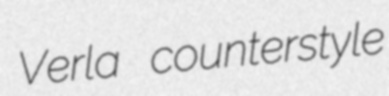
Verla counterstyle